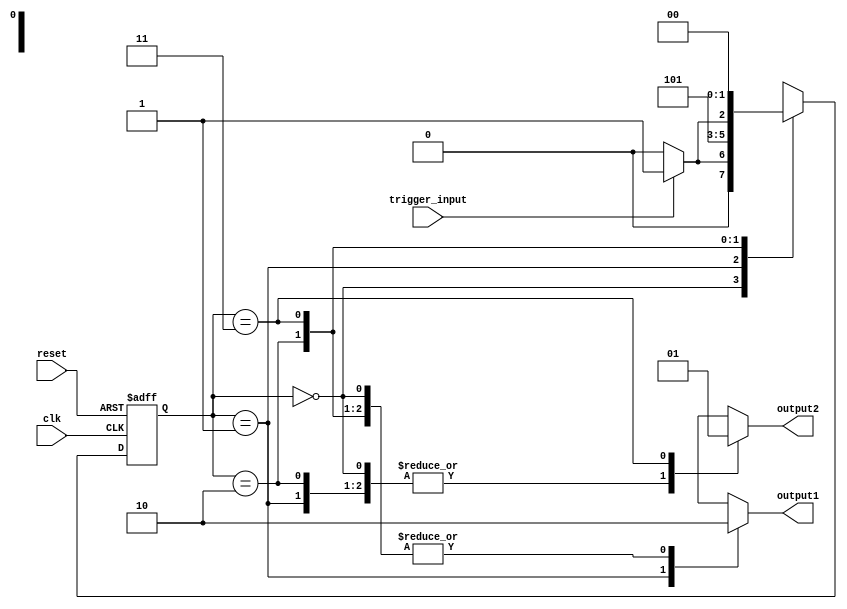
module Mealy_State_Machine (
    input clk,
    input reset,
    input trigger_input,
    output reg output1,
    output reg output2
);

parameter S0 = 2'b00;
parameter S1 = 2'b01;
parameter S2 = 2'b10;
parameter S3 = 2'b11;

reg [1:0] state, next_state;

always @ (posedge clk or posedge reset) begin
    if (reset) begin
        state <= S0;
    end else begin
        state <= next_state;
    end
end

always @ (*) begin
    output1 = 0;
    output2 = 0;
    
    case (state)
        S0: begin
            if (trigger_input) begin
                next_state = S1;
                // introduce wait state here
            end else begin
                next_state = S0;
            end
        end
        
        S1: begin
            next_state = S2;
            output1 = 1;
        end
        
        S2: begin
            if (trigger_input) begin
                next_state = S3;
                // introduce wait state here
            end else begin
                next_state = S2;
            end
        end
        
        S3: begin
            next_state = S0;
            output2 = 1;
        end
    endcase
end

endmodule